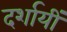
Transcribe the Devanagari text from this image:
दर्शायीं